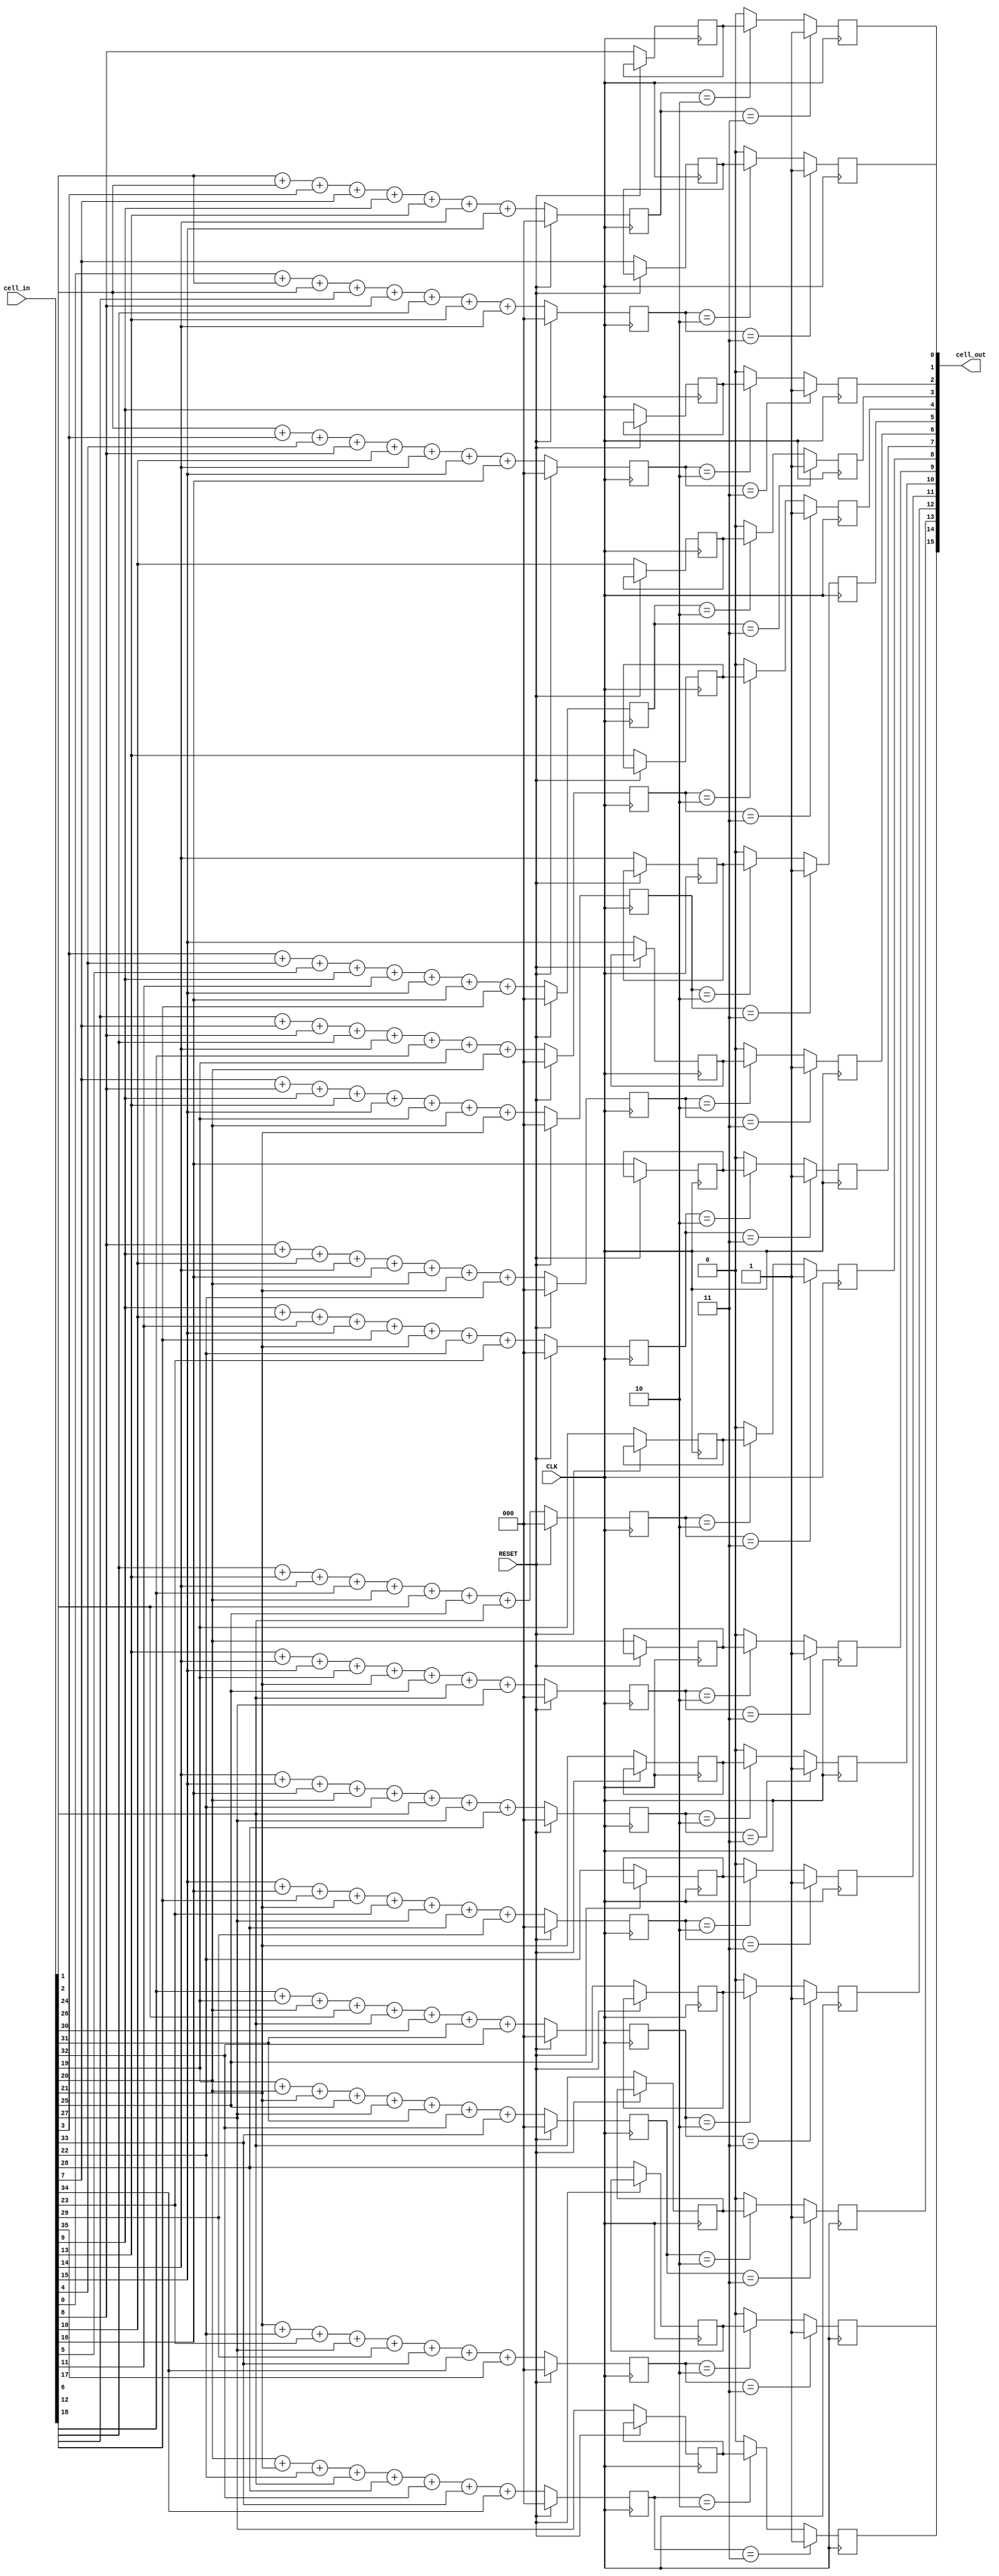
`timescale 1ns / 1ps
//////////////////////////////////////////////////////////////////////////////////
// Company: 
// Engineer: 
// 
// Design Name: 
// Module Name: Find_neighbors
// Project Name: 
// Target Devices: 
// Tool Versions: 
// Description: 
// 
// Dependencies: calculates the sum of neighbors for each cell in a matrix and implements the rules of Conway's Game of Life
//              The updated cell states are output as cell_out after each clock cycle.
// 
// Revision:
// Revision 0.01 - File Created
// Additional Comments:
// 
//////////////////////////////////////////////////////////////////////////////////


module Find_neighbors
    #(
    parameter ROW_BITS = 2, //16
    parameter COLUMN_BIT = 2, //16
    parameter ROW = 2**ROW_BITS,
    parameter COLUMN = 2**COLUMN_BIT,
    parameter INPUT_SIZE = (ROW + 2) * (COLUMN + 2), //the core modified matrix and its extra nearby cell
    parameter OUTPUT_SIZE = ROW * COLUMN
    )(
    input CLK,
    input RESET,
    input [INPUT_SIZE - 1 : 0] cell_in,
    output [OUTPUT_SIZE - 1 : 0] cell_out
    );
    
    reg [2 : 0] neighbors [0 : OUTPUT_SIZE - 1];
    reg [OUTPUT_SIZE - 1 : 0] past_cell_in;
    reg [OUTPUT_SIZE - 1 : 0] new_cell;
    
    genvar i, j, z;
    
    generate
        /*calculates the sum of neighbors for each cell and stores it in the neighbors array. 
        It also saves the current state of the cell in the past_cell_in array.*/
        for (i = 1; i < ROW + 1; i = i + 1) begin : row_num
            for (j = 1; j < COLUMN + 1; j = j + 1) begin : column_num
                always @(posedge CLK) begin
                    if (RESET)
                        neighbors [(i - 1) * COLUMN + (j - 1)] <= 0;
                    //num = i * (COLUMN + 2) + j
                    else begin
                        neighbors [(i - 1) * COLUMN + (j - 1)] <= cell_in[(i - 1) * (COLUMN + 2) + j - 1] + cell_in[(i - 1) * (COLUMN + 2) + j] + cell_in[(i - 1) * (COLUMN + 2) + j + 1] + cell_in[i * (COLUMN + 2) + j - 1] + cell_in[i * (COLUMN + 2) + j + 1] + cell_in[(i + 1) * (COLUMN + 2) + j - 1] + cell_in[(i + 1) * (COLUMN + 2) + j] + cell_in[(i + 1) * (COLUMN + 2) + j + 1];
                        past_cell_in [(i - 1) * COLUMN + (j - 1)] <= cell_in[i * (COLUMN + 2) + j];
                    end
                end
            end
        end
        
        /*determines the new state of each cell based on the number of neighbors, 
        following the rules of Conway's Game of Life.*/
        for (z = 0; z < ROW * COLUMN; z = z + 1) begin : depend_neighbors
            always @(posedge CLK) begin
                if (neighbors[z] == 3)
                    new_cell[z] <= 1;
                else if (neighbors[z] == 2)
                    new_cell[z] <= past_cell_in[z];
                else
                    new_cell[z] <= 0;
            end
        end
    endgenerate
    
    assign cell_out = new_cell;
    
endmodule